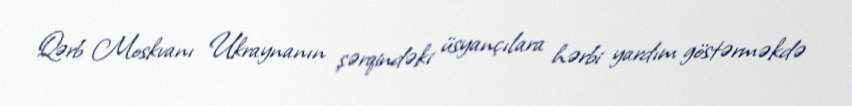
Qərb Moskvanı Ukraynanın şərqindəki üsyançılara hərbi yardım göstərməkdə